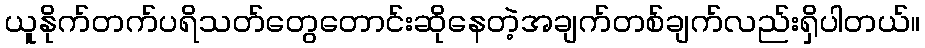
ယူနိုက်တက်ပရိသတ်တွေတောင်းဆိုနေတဲ့အချက်တစ်ချက်လည်းရှိပါတယ်။